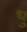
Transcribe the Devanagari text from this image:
धु